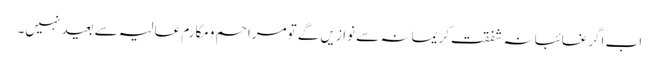
اب اگرغائبانہ شفقتِ کریمانہ سے نوازیں گے تومراحم ومکارمِ عالیہ سے بعید نہیں۔